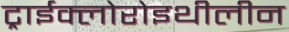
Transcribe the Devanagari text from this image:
ट्राईक्लोरोइथीलीन